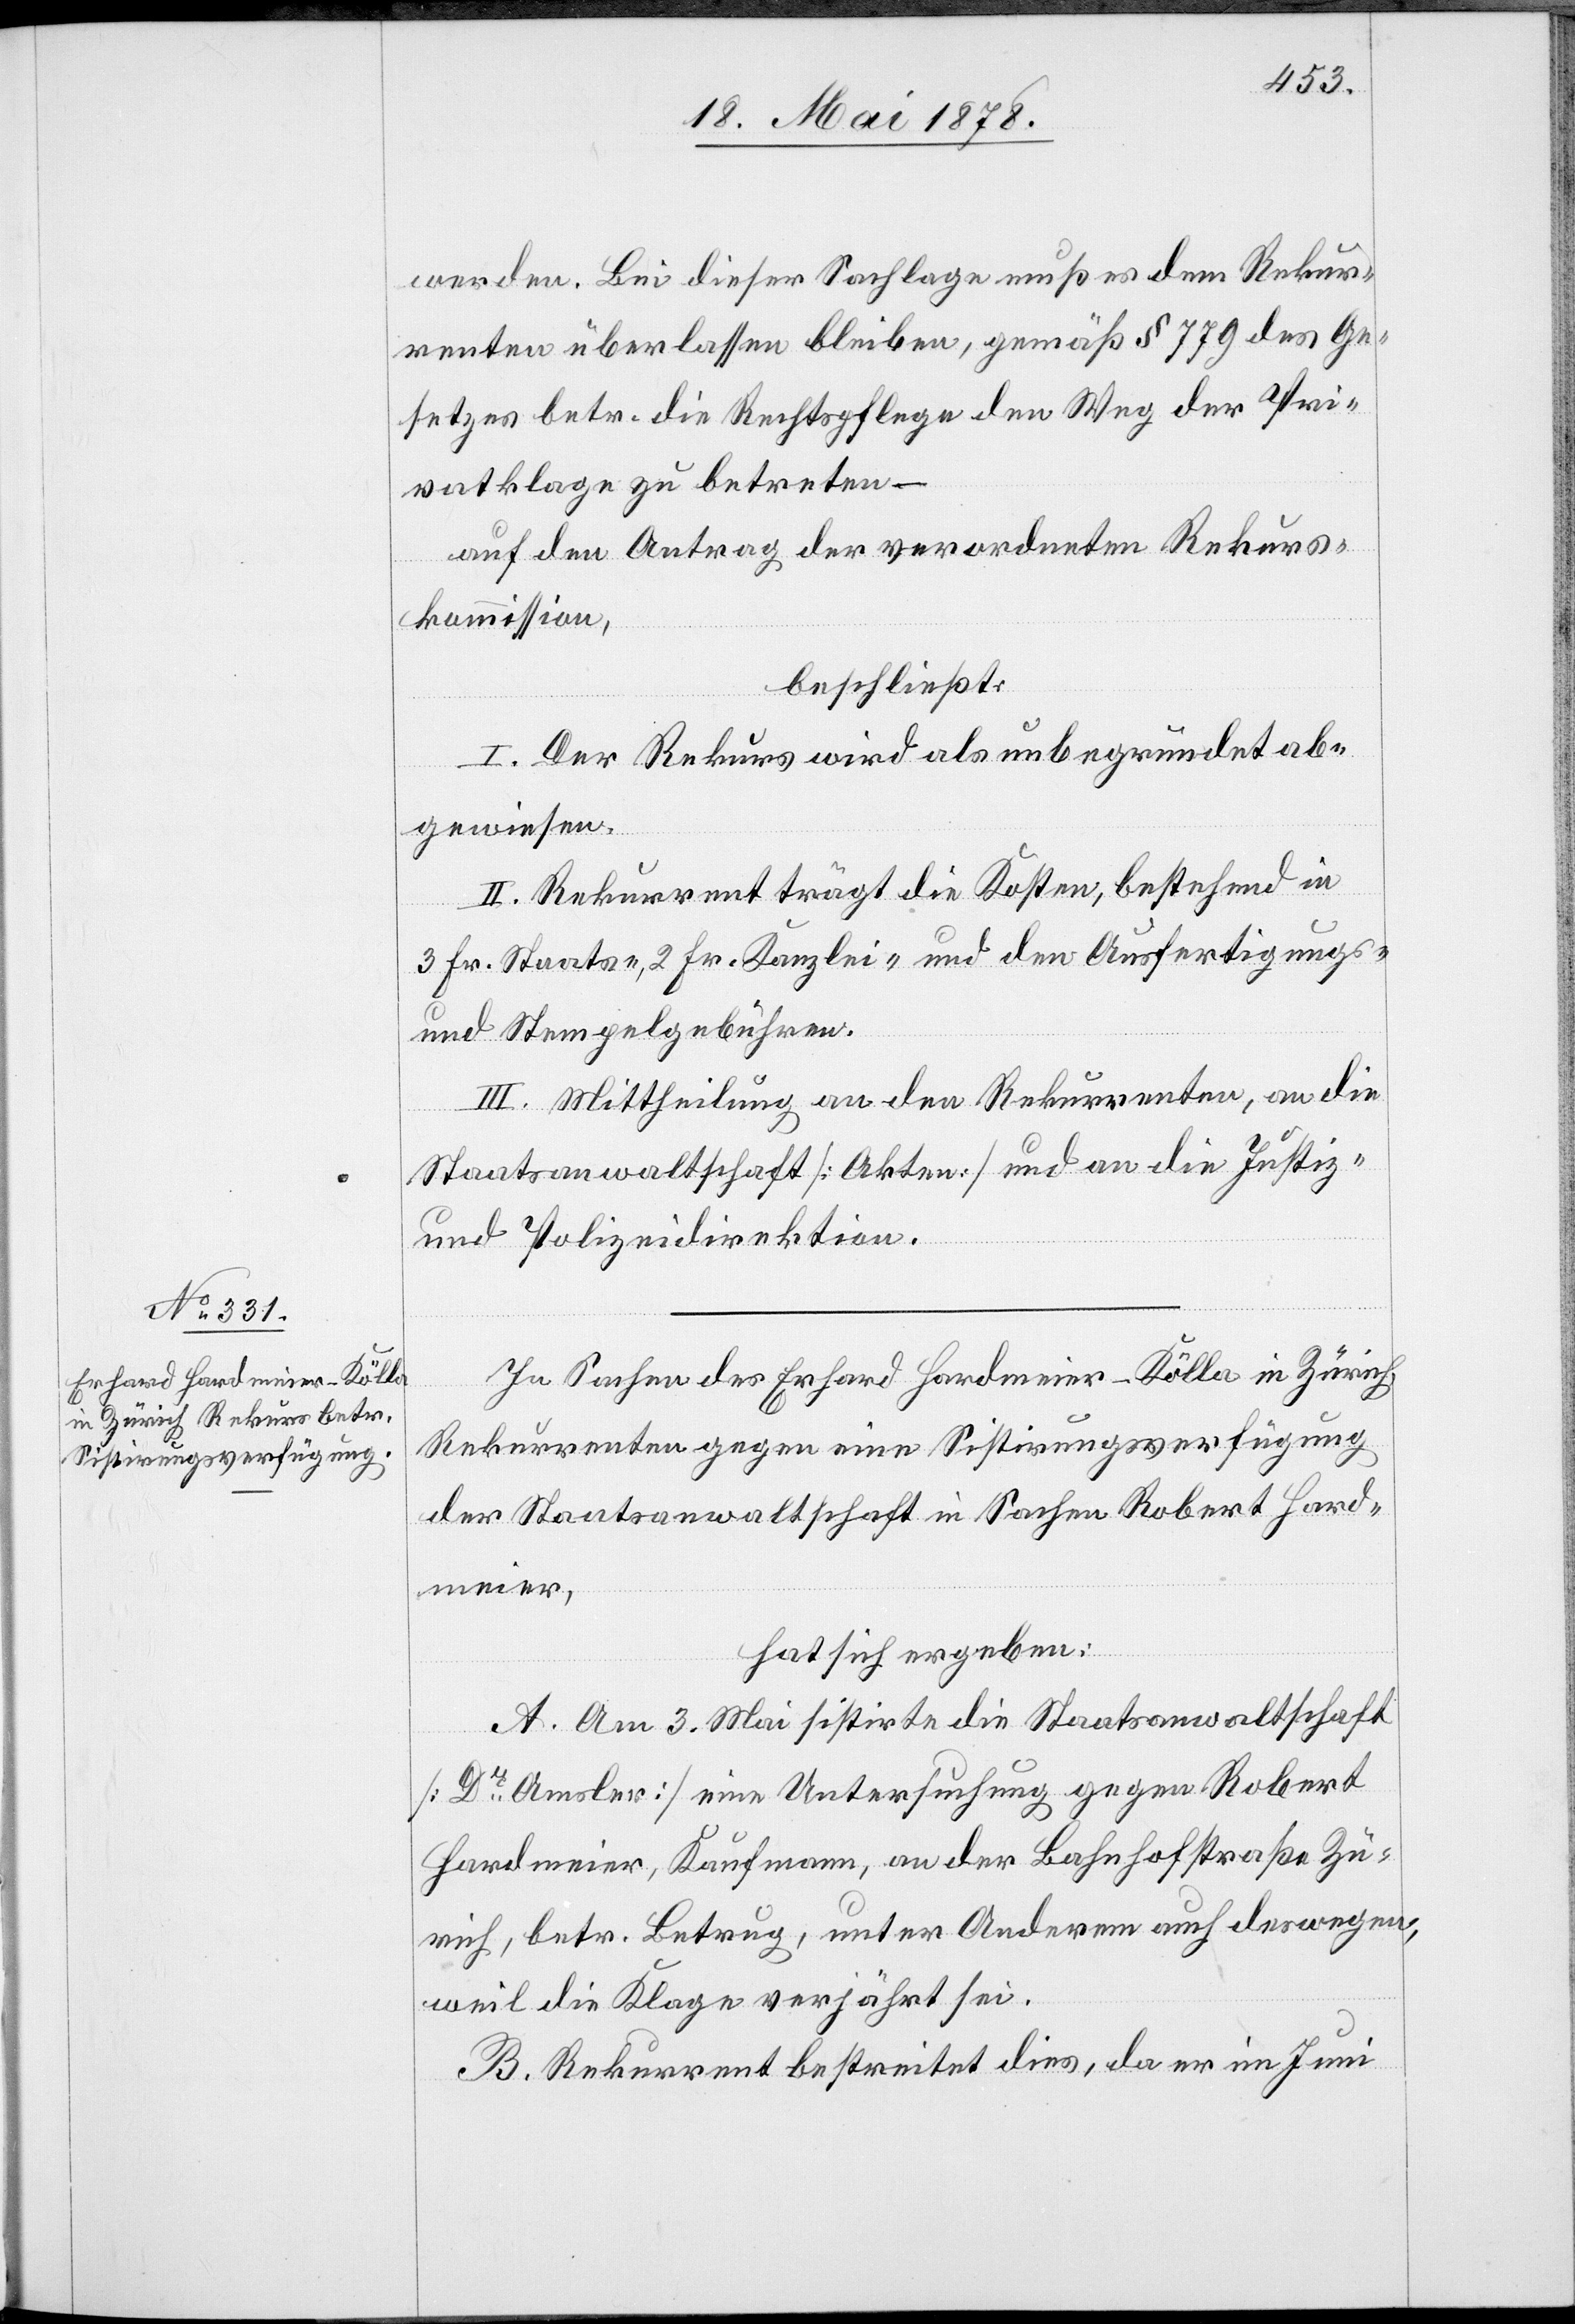
werden. Bei dieser Sachlage muß es dem Rekur¬
renten überlassen bleiben, gemäß § 779 des Ge¬
setzes betr. die Rechtspflege den Weg der Pri¬
vatklage zu betreten –
auf den Antrag der verordneten Rekurs¬
kommission,
beschließt:
I. Der Rekurs wird als unbegründet ab¬
gewiesen.
II. Rekurrent trägt die Kosten, bestehend in
3 Fr. Staats-, 2 Fr. Kanzlei- und den Ausfertigungs-
und Stempelgebühren.
III. Mittheilung an den Rekurrenten, an die
Staatsanwaltschaft [Akten] und an die Justiz-
und Polizeidirektion.
In Sachen des Erhard Hardmeier-Kölla in Zürich,
Rekurrenten gegen eine Sistirungsverfügung
der Staatsanwaltschaft in Sachen Robert Hard¬
meier,
hat sich ergeben:
A. Am 3. Mai sistirte die Staatsanwaltschaft
[Dr Amsler] eine Untersuchung gegen Robert
Hardmeier, Kaufmann, an der Bahnhofstraße Zü¬
rich, betr. Betrug, unter Anderm auch deswegen,
weil die Klage verjährt sei.
B. Rekurrent bestreitet dies, da er im Juni